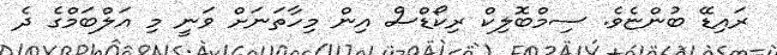
ރައިޑޭ ބުންޏެވެ. ސިމްބޮލިކް ރިކޯޑްސް އިން މިހާތަނަށް ވަނީ މި އަލްބަމްގެ ދެ